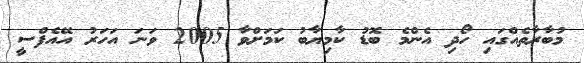
މުބާރާތެއްގައި ހޯދި އެންމެ ބޮޑު ކާމިޔާބު ކަމަށްވާ 2005 ވަނަ އަހަރު އޭއެފްސީ